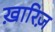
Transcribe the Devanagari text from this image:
ख़ारिज़